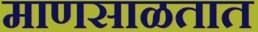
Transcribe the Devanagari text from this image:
माणसाळतात